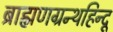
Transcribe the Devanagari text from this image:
ब्राह्मणग्रन्थहिन्दू